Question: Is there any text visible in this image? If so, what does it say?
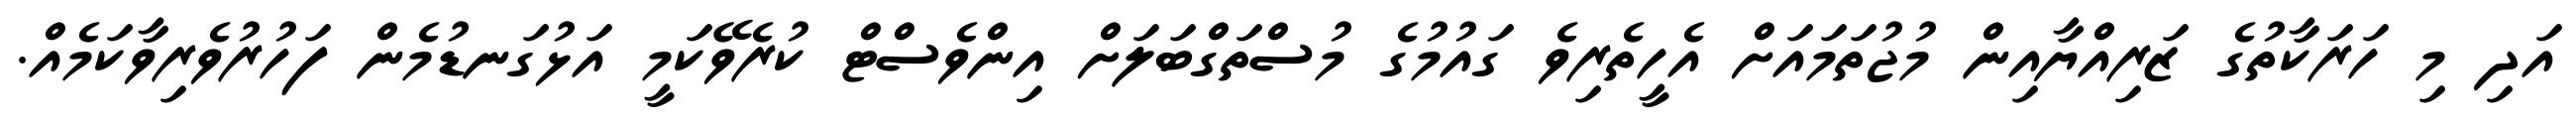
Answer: އަދި މި ހަރަކާތުގެ ޒަރިއްޔާއިން މުޖުތަމައަށް އެހީތެރިވެ ގައުމުގެ މުސްތަގްބަލަށް އިންވެސްޓް ކުރެވޭކަމީ އަޅުގަނޑުމެން ފަހުރުވެރިވާކަމެއް.